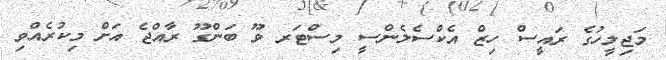
މަޖިލީހުގެ ރައީސް ހިޒް އެކްސެލެންސީ މިސްޓަރ ވޫ ބަންގޫ ރާއްޖެ އަށް މިކުރެއްވި